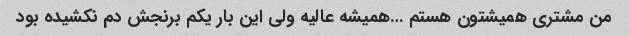
من مشتری همیشتون هستم …همیشه عالیه ولی این بار یکم برنجش دم نکشیده بود